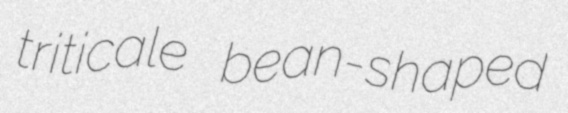
triticale bean-shaped